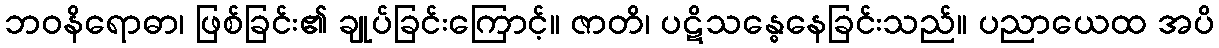
ဘဝနိရောဓာ၊ ဖြစ်ခြင်း၏ ချုပ်ခြင်းကြောင့်။ ဇာတိ၊ ပဋိသန္ဓေနေခြင်းသည်။ ပညာယေထ အပိ